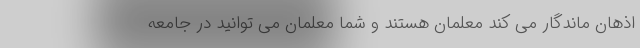
اذهان ماندگار می کند معلمان هستند و شما معلمان می توانید در جامعه